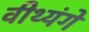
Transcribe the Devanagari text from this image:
वीथ्यंगे